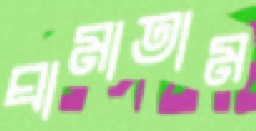
ঘামাতাম